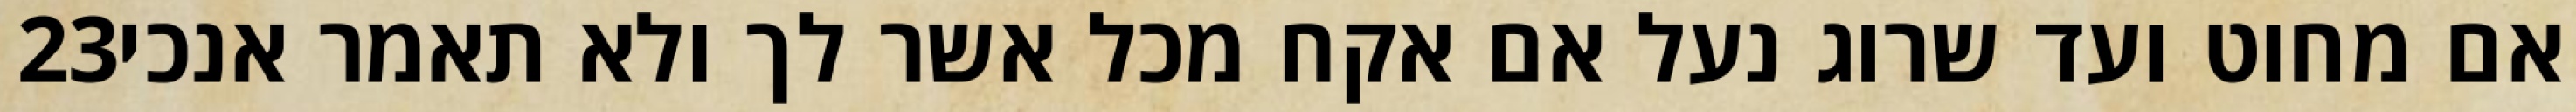
‎23‏ אם מחוט ועד שרוג נעל אם אקח מכל אשר לך ולא תאמר אנכי